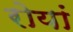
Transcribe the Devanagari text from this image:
रोयां